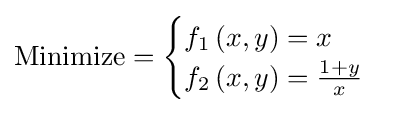
{\text{Minimize}}={\begin{cases}f_{1}\left(x,y\right)=x\\f_{2}\left(x,y\right)={\frac {1+y}{x}}\\\end{cases}}